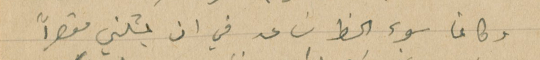
وكانما سوء الحظ سَاعد في ان يمثلني مقصراً